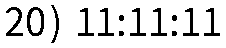
20) 11:11:11